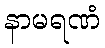
နာမရဏံ